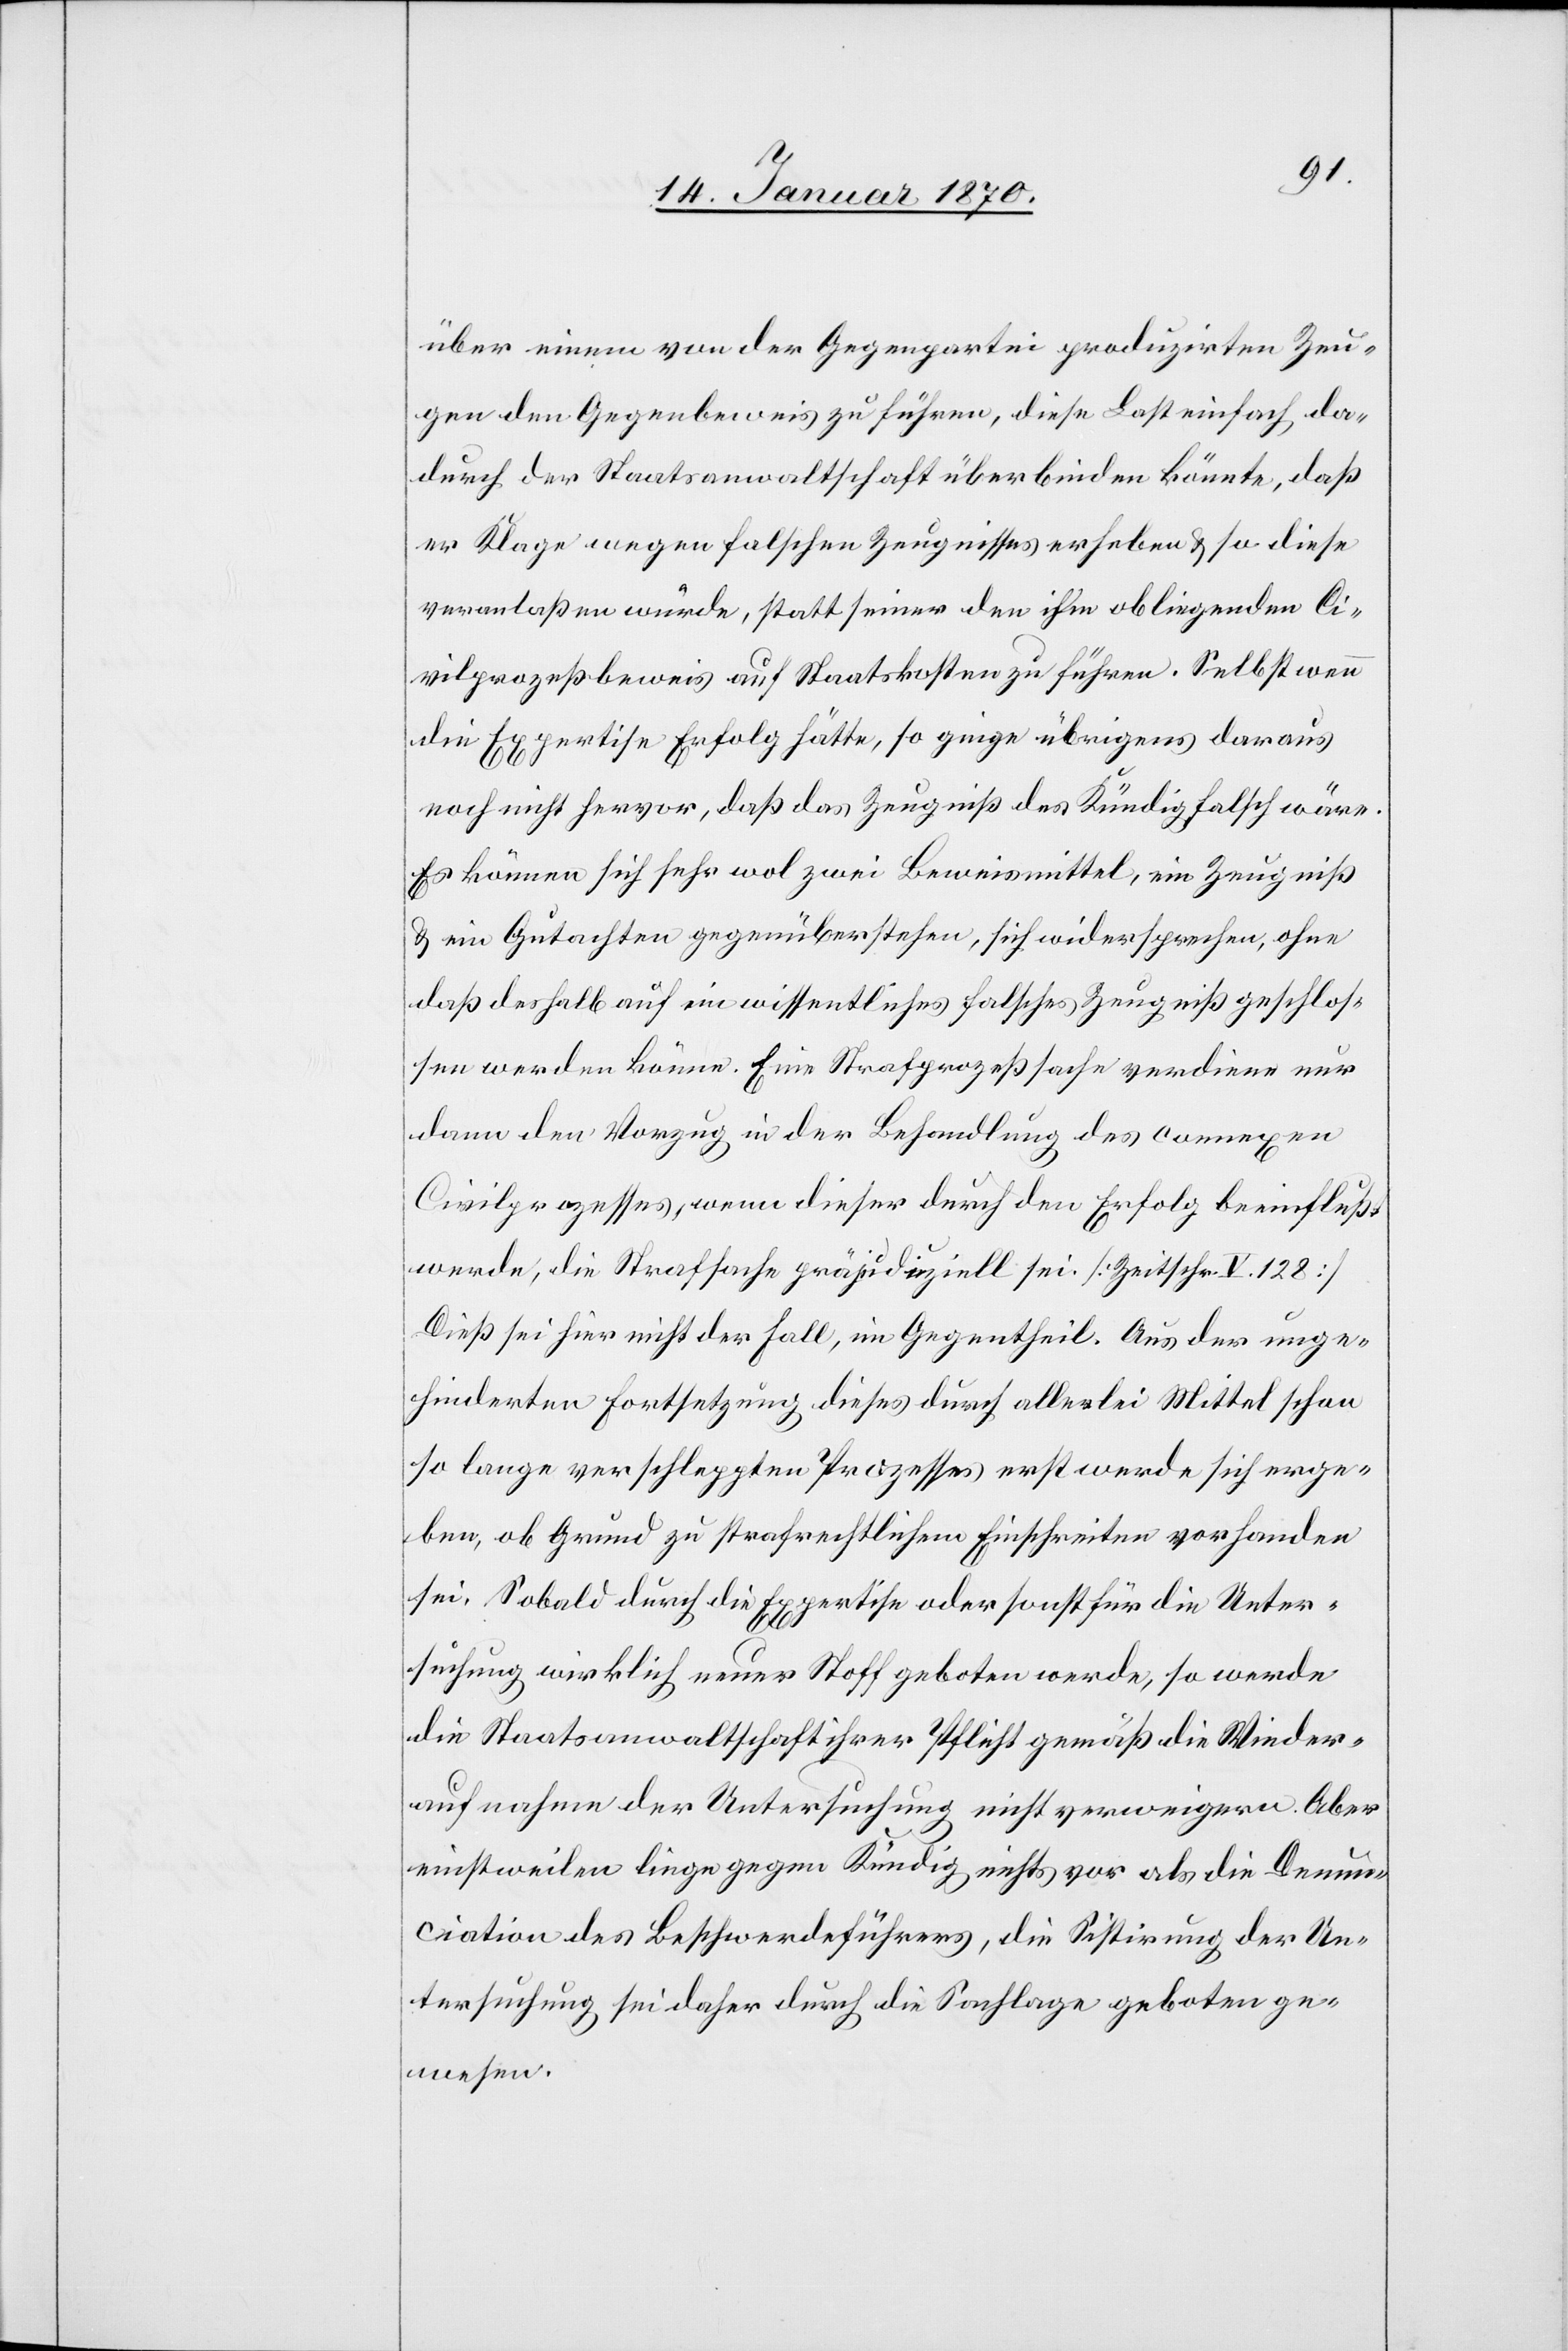
über einem von der Gegenpartei produzirten Zeu¬
gen den Gegenbeweis zu führen, diese Last einfach da¬
durch der Staatsanwaltschaft überbinden könnte, daß
er Klage wegen falschen Zeugnisses erheben u. so diese
veranlaßen würde, statt seiner den ihm obliegenden Ci¬
vilprozeßbeweis auf Staatskosten zu führen. Selbst wenn
die Expertise Erfolg hätte, so ginge übrigens daraus
noch nicht hervor, daß das Zeugniß des Kündig falsch wäre.
Es können sich sehr wol zwei Beweismittel, ein Zeugniß
u. ein Gutachten gegenüberstehen, sich widersprechen, ohne
daß deshalb auf ein wissentliches falsches Zeugniß geschlos¬
sen werden könne. Eine Strafprozeßsache verdiene nur
dann den Vorzug in der Behandlung des connexen
Civilprozesses, wenn dieser durch den Erfolg beeinflußt
werde, die Strafsache präjudiziell sei [Zeitschr. V.128]
Dieß sei hier nicht der Fall, im Gegentheil. Aus der unge¬
hinderten Fortsetzung dieses durch allerlei Mittel schon
so lange verschleppten Prozesses erst werde sich erge¬
ben, ob Grund zu strafrechtlichem Einschreiten vorhanden
sei. Sobald durch die Expertise oder sonst für die Unter¬
suchung wirklich neuer Stoff geboten werde, so werde
die Staatsanwaltschaft ihrer Pflicht gemäß die Wieder¬
aufnahme der Untersuchung nicht verweigern. Aber
einstweilen liege gegen Kündig nichts vor als die Denun¬
ciation des Beschwerdeführers, die Sistirung der Un¬
tersuchung sei daher durch die Sachlage geboten ge¬
wesen.